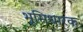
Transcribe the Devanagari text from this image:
भूमिधारक